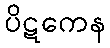
ပိဋကေန